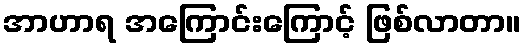
အာဟာရ အကြောင်းကြောင့် ဖြစ်လာတာ။